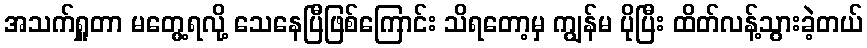
အသက်ရှူတာ မတွေ့ရလို့ သေနေပြီဖြစ်ကြောင်း သိရတော့မှ ကျွန်မ ပိုပြီး ထိတ်လန့်သွားခဲ့တယ်